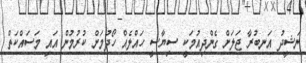
ނަޝީދު އަނބުރާ ޖަލަށް ގެންދިއުމަކީ ސިޔާސީ ހައްލެއް ހޯދުމަށް ކުރުމުން އައި މަސައްކަތް